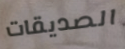
الصديقات